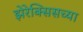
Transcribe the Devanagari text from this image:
झेरेक्सिसच्या